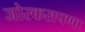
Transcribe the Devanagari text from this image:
जोरकसपणा